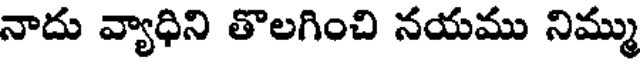
నాదు వ్యాధిని తొలగించి నయము నిమ్ము